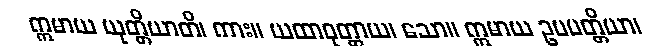
ဣမာယ ယုတ္တိယာတိ၊ ကား။ ယထာဝုတ္တာယ၊ သော။ ဣမာယ ဥပပတ္တိယာ၊